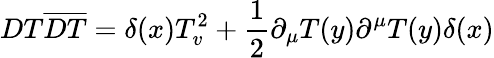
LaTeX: DT\overline{{{DT}}}=\delta(x)T_{v}^{2}+\frac{1}{2}\partial_{\mu}T(y)\partial^{\mu}T(y)\delta(x)